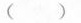
( )